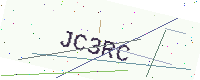
Text: JC3RC